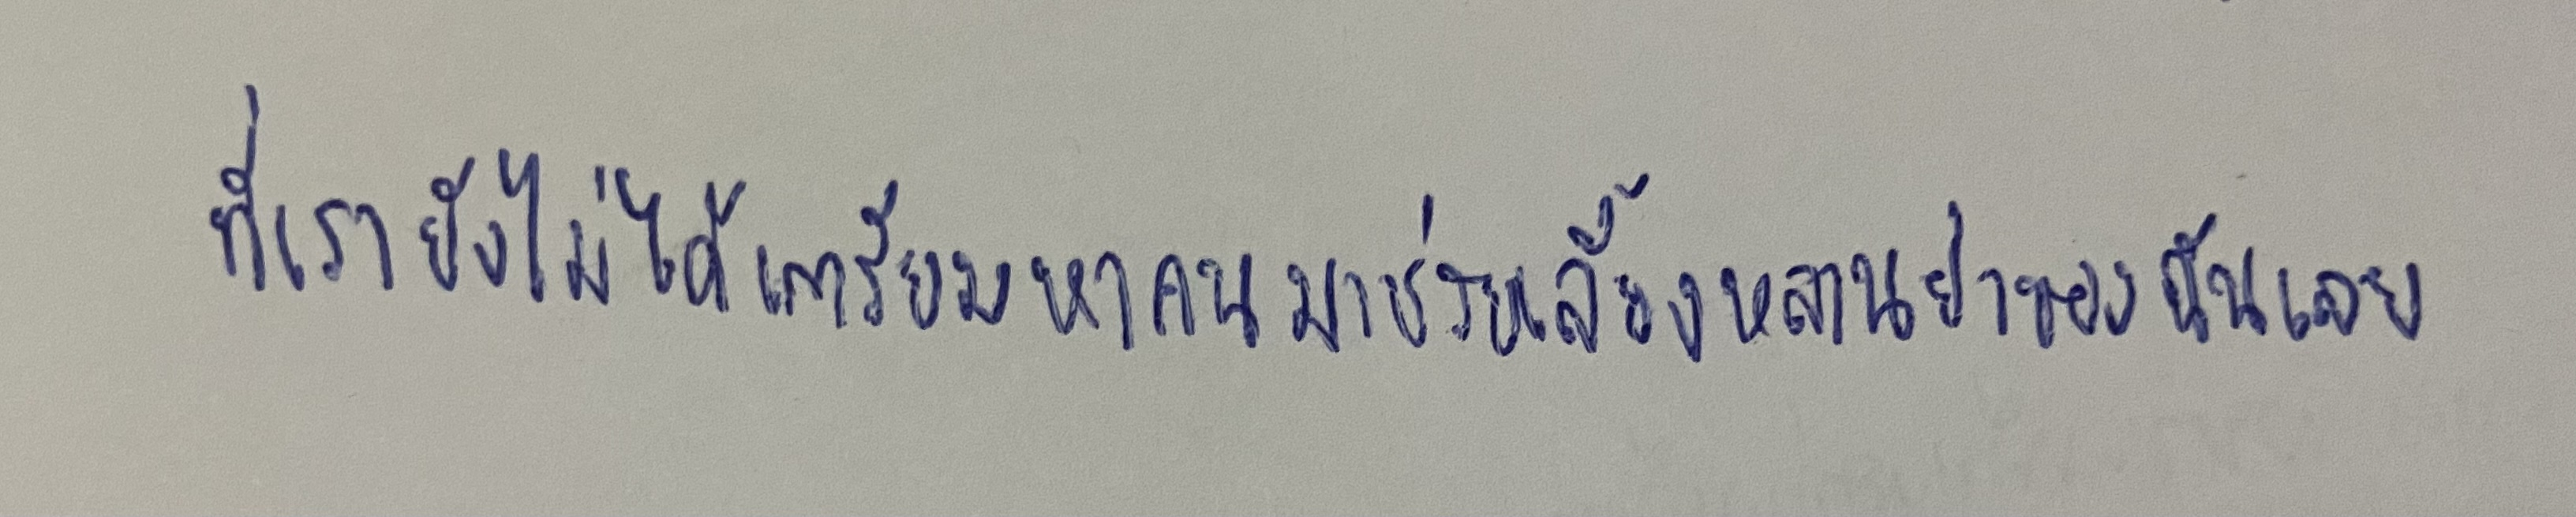
ที่เรายังไม่ได้เตรียมหาคนมาช่วยเลี้ยงหลานย่าของฉันเลย